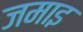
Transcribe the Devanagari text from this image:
जमाइ